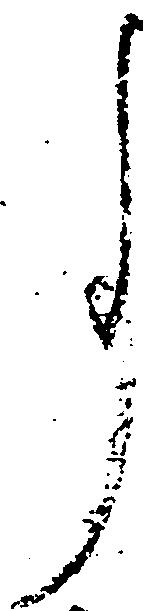
事